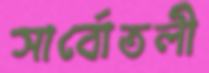
সার্বোতলী